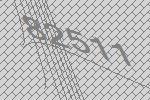
82511